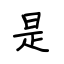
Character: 是